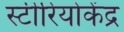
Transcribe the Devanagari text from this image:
स्टीरियोकेंद्र